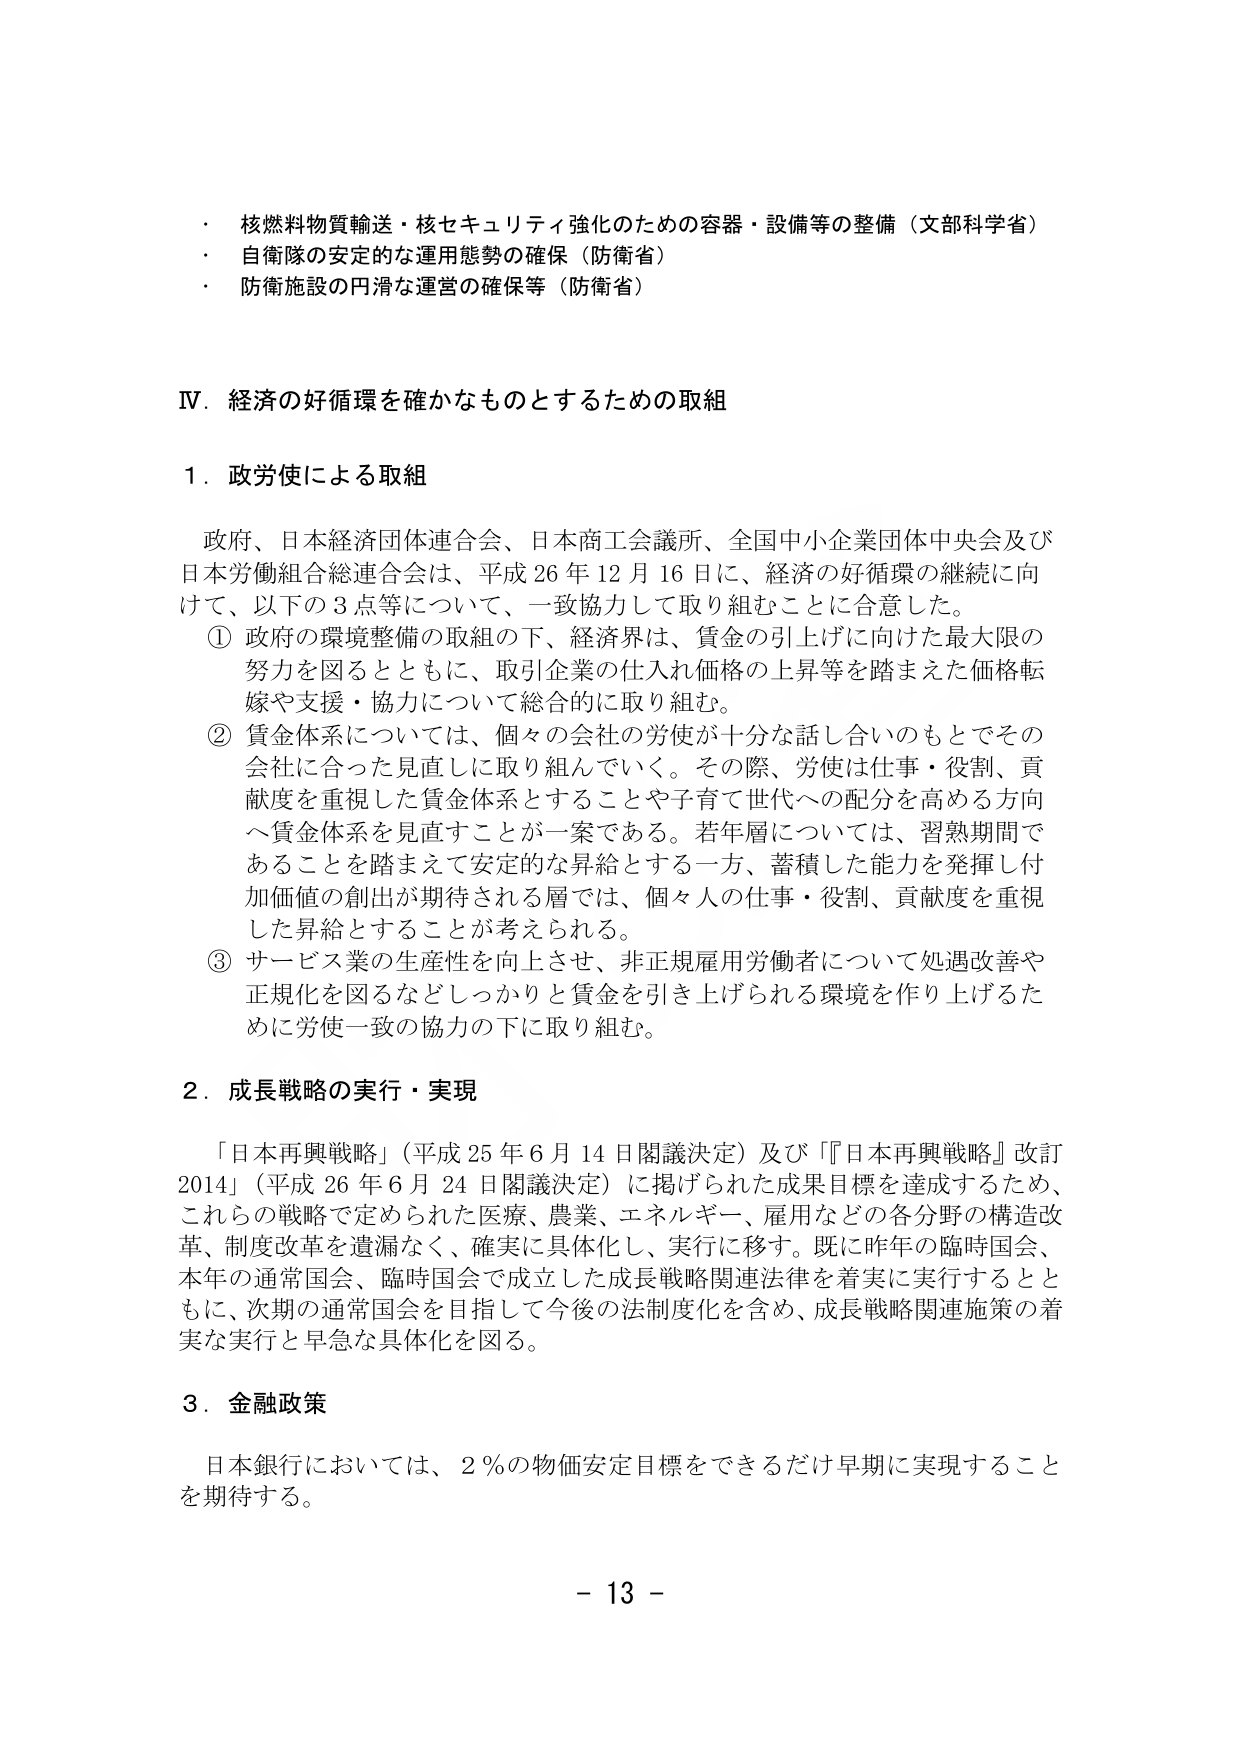
・ 核燃料物質輸送・核セキュリティ強化のための容器・設備等の整備（文部科学省）
・ 自衛隊の安定的な運用態勢の確保（防衛省）
・ 防衛施設の円滑な運営の確保等（防衛省）

Ⅳ．経済的好循環を確かなものとするための取組

１．政労使による取組

政府、日本経済団体連合会、日本商工会議所、全国中小企業団体中央会及び日本労働組合総連合会は、平成26年12月16日に、経済的好循環の継続に向けて、以下の3点等について、一致協力して取り組むことに合意した。
① 政府の環境整備の取組の下、経済界は、賃金の引上げに向けた最大限の努力を図るとともに、取引企業の仕入れ価格の上昇等を踏まえた価格転嫁や支援・協力について総合的に取り組む。
② 賃金体系については、個々の会社の労使が十分な話し合いのもとでその会社に合った見直しに取り組んでいく。その際、労使は仕事・役割、貢献度を重視した賃金体系とすることや子育て世代への配分を高める方向へ賃金体系を見直すことが一案である。若年層については、習熟期間であることを踏まえて安定的な昇給とする一方、蓄積した能力を発揮し付加価値の創出が期待される層では、個々人の仕事・役割、貢献度を重視した昇給とすることが考えられる。
③ サービス業の生産性を向上させ、非正規雇用労働者について処遇改善や正規化を図るなどしっかりと賃金を引き上げられる環境を作り上げるために労使一致の協力の下に取り組む。

２．成長戦略の実行・実現

「日本再興戦略」（平成25年6月14日閣議決定）及び「『日本再興戦略』改訂2014」（平成26年6月24日閣議決定）に掲げられた成果目標を達成するため、これらの戦略で定められた医療、農業、エネルギー、雇用などの各分野の構造改革、制度改革を遺漏なく、確実に具体化し、実行に移す。既に昨年の臨時国会、本年の通常国会、臨時国会で成立した成長戦略関連法律を着実に実行するとともに、次期の通常国会を目指して今後の法制度化を含め、成長戦略関連施策の着実な実行と早急な具体化を図る。

３．金融政策

日本銀行においては、2％の物価安定目標をできるだけ早期に実現することを期待する。

－ 13 －